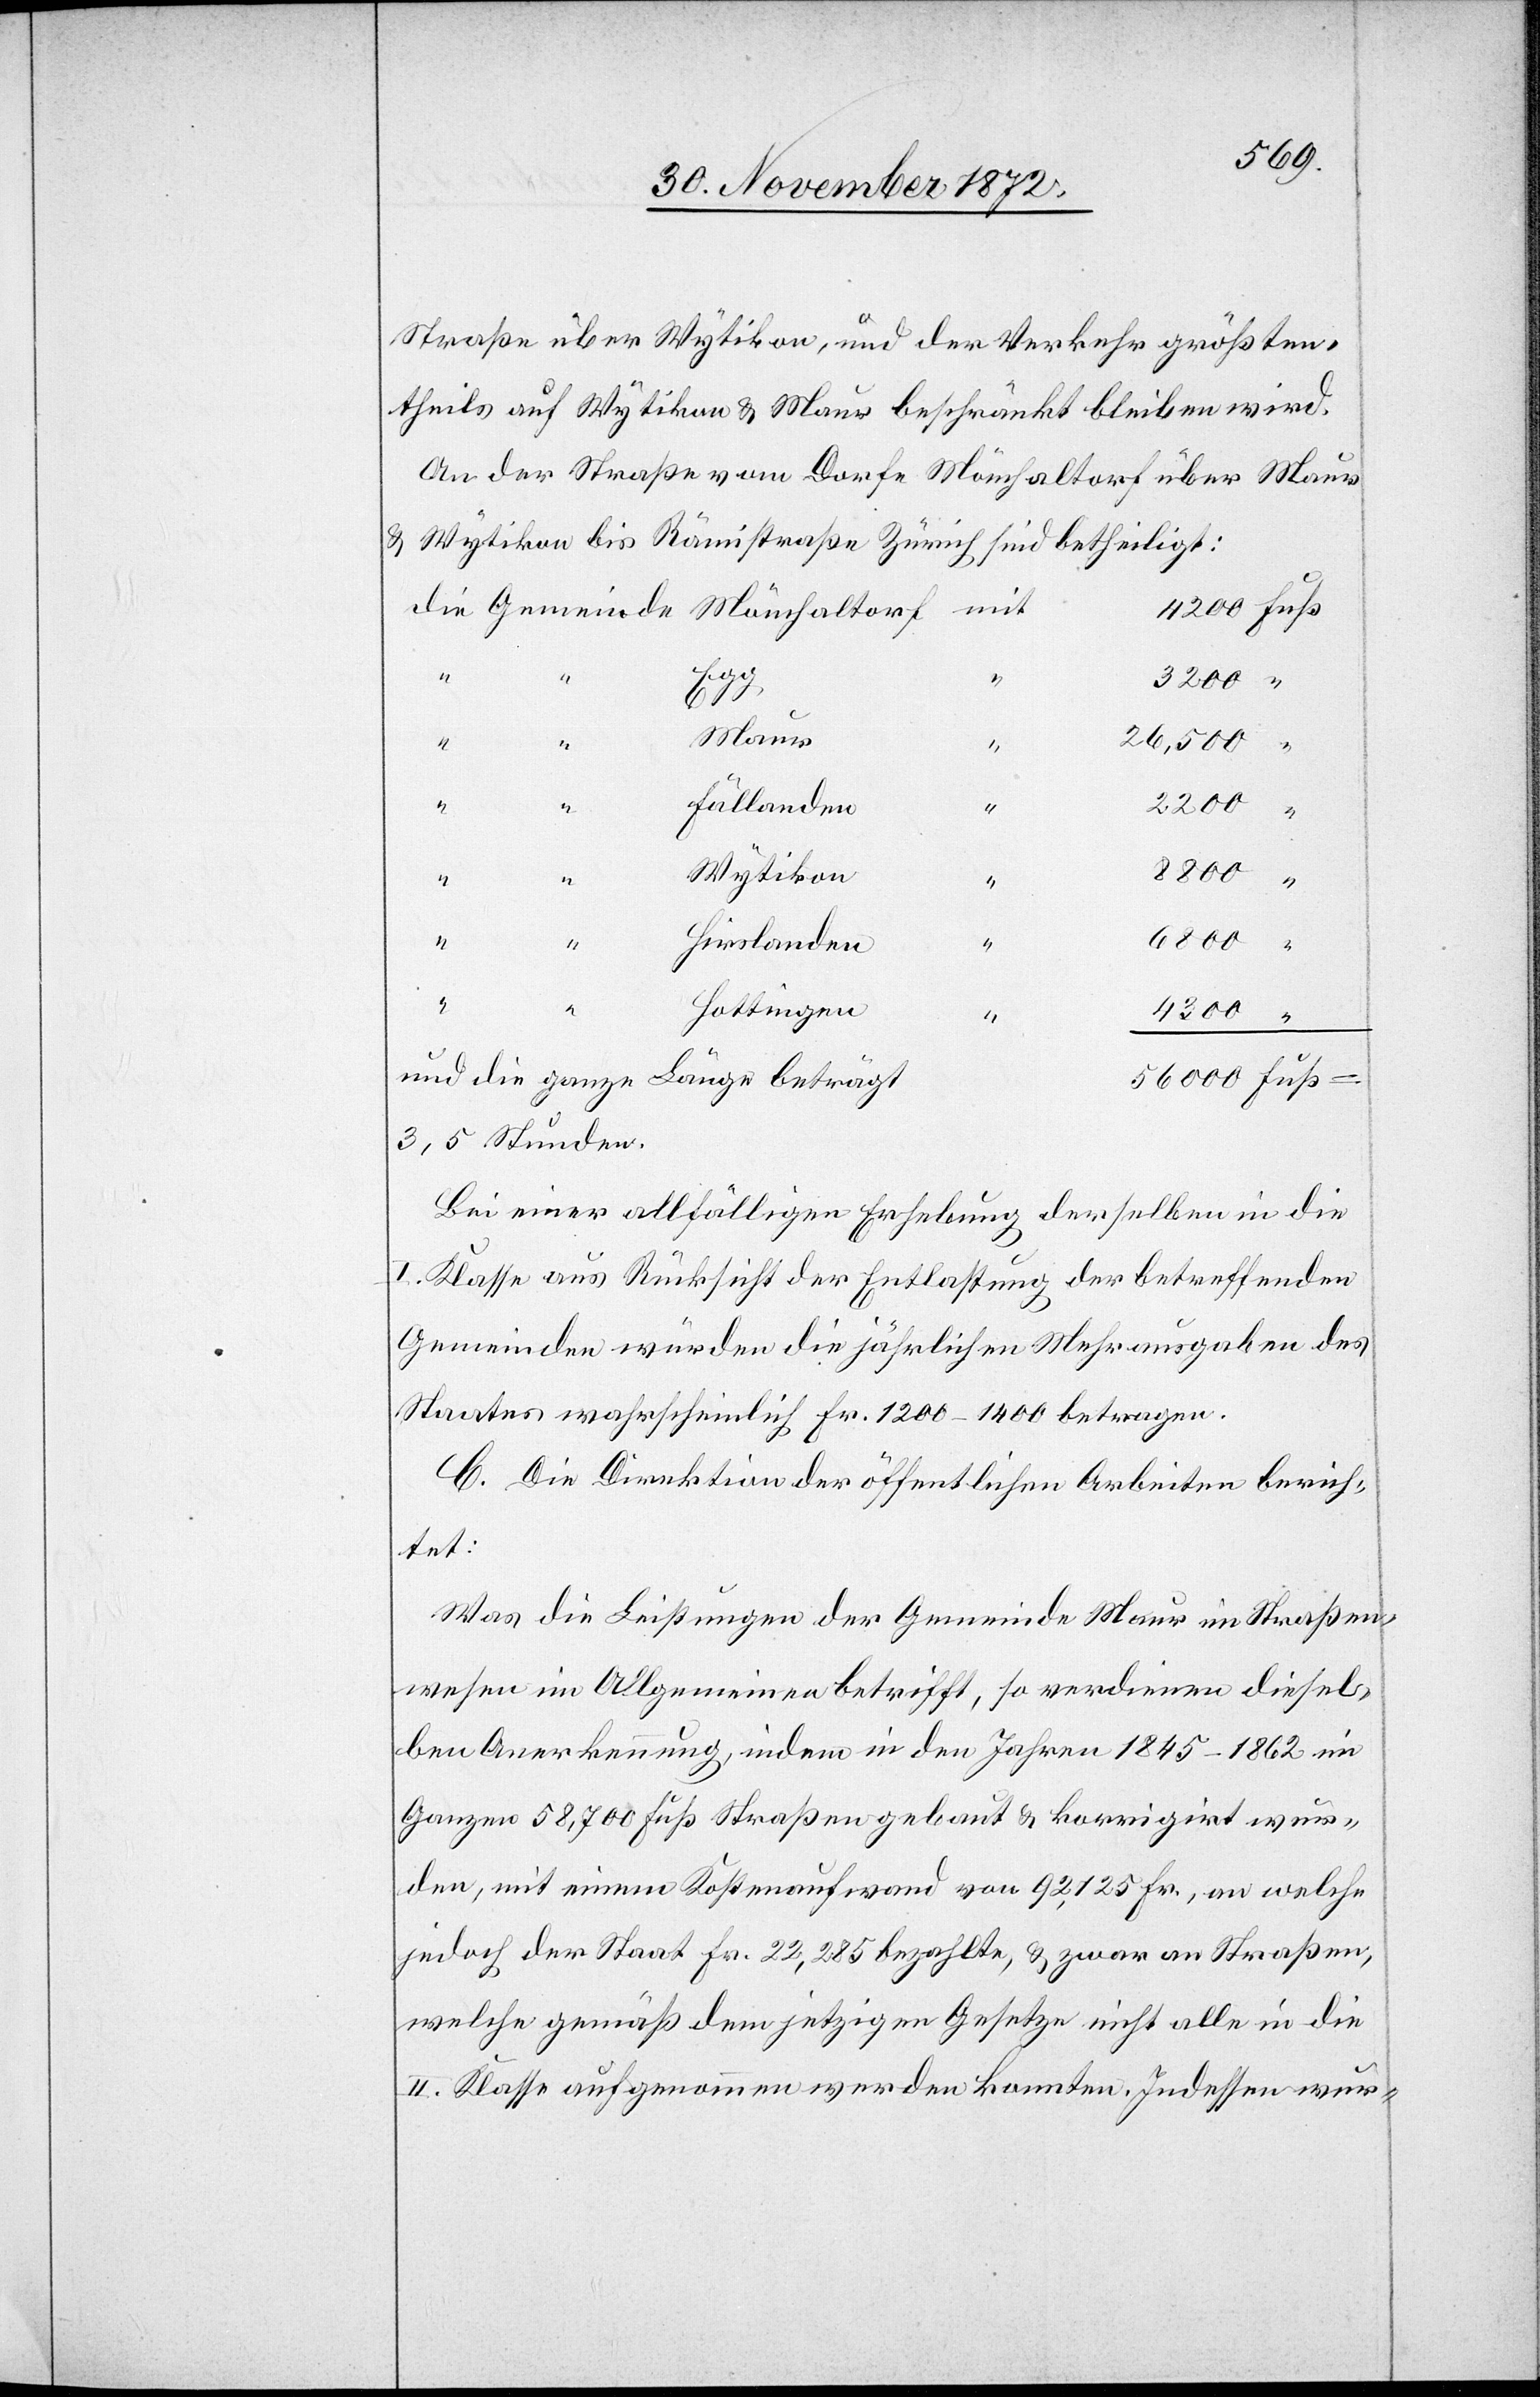
Straße über Wytikon, und der Verkehr größten¬
theils auf Wytikon u. Maur beschränkt bleiben wird.
An der Straße vom Dorfe Mönchaltorf über Maur
u. Wytikon bis Rämistraße Zürich sind betheiligt:
mit
Gemeinde
Maur
26,500
“
56 000
Fällanden
“
4 300
Wytikon
Hirslanden
Hottingen
“
und die ganze Länge beträgt
3,5 Stunden.
Bei einer allfälligen Erhebung derselben in die
I. Klasse aus Rücksicht der Entlastung der betreffenden
Gemeinden würden die jährlichen Mehrausgaben des
Staates wahrscheinlich Fr. 1 200–1 400 betragen.
C. Die Direktion der öffentlichen Arbeiten berich¬
tet:
Was die Leistungen der Gemeinde Maur im Straßen¬
wesen im Allgemeinen betrifft, so verdienen diesel¬
ben Anerkennung, indem in den Jahren 1845–1862 im
Ganzen 58,700 Fuß Straßen gebaut u. korrigirt wur¬
den, mit einem Kostenaufwand von 92,12 Fr., an welche
jedoch der Staat Fr. 22,285 bezahlte, u. zwar an Straßen,
welche gemäß dem jetzigen Gesetze nicht alle in die
II. Klasse aufgenommen werden konnten. Indessen wur-